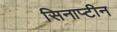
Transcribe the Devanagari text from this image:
सिनाप्टीन